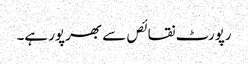
رپورٹ نقائص سے بھرپور ہے۔